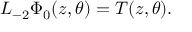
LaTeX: L _ { - 2 } \Phi _ { 0 } ( z , \theta ) = T ( z , \theta ) .